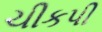
ચીકપી